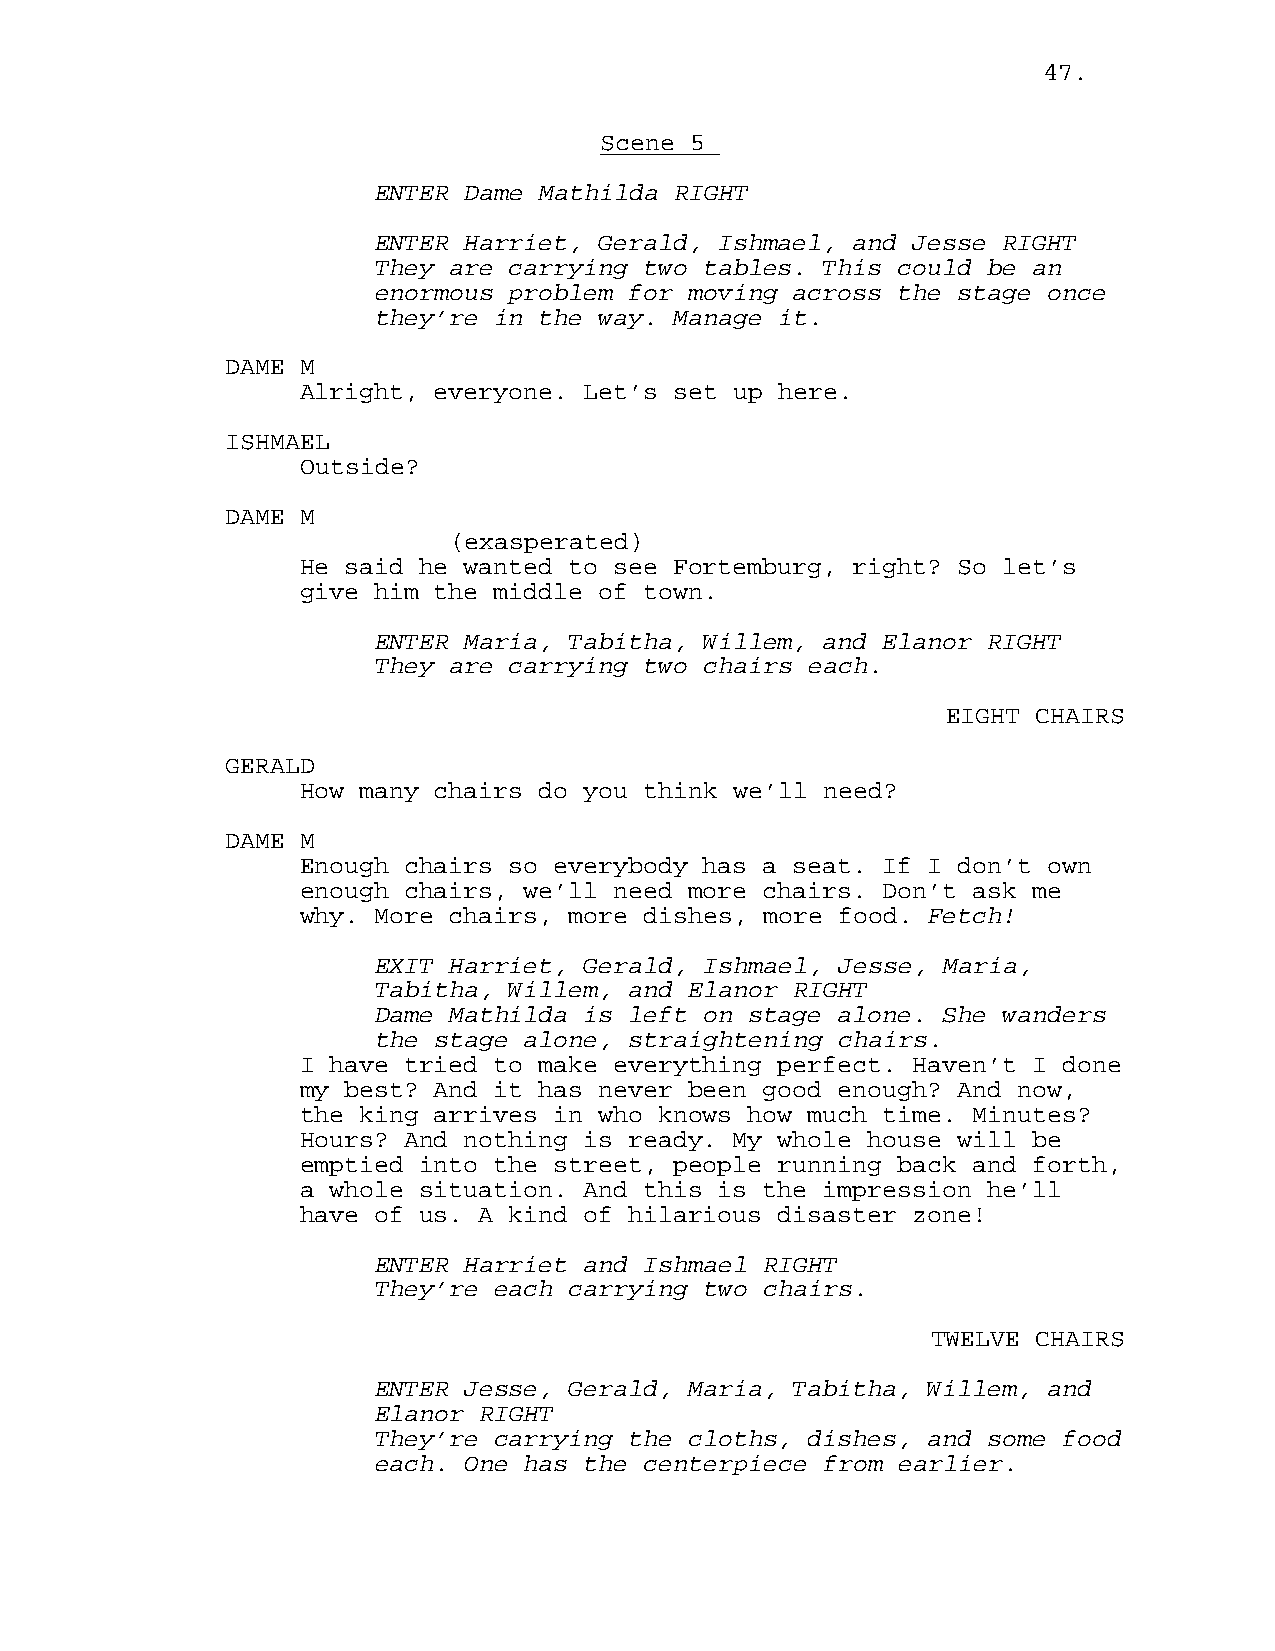
47.
 Scene 5
 ENTER Dame Mathilda RIGHT
 ENTER Harriet, Gerald, Ishmael, and Jesse RIGHT
 They are carrying two tables. This could be an
 enormous problem for moving across the stage once
 they’re in the way. Manage it.
 DAME M
 Alright, everyone. Let’s set up here.
 ISHMAEL
 Outside?
 DAME M
 (exasperated)
 He said he wanted to see Fortemburg, right? So let’s
 give him the middle of town.
 ENTER Maria, Tabitha, Willem, and Elanor RIGHT
 They are carrying two chairs each.
 EIGHT CHAIRS
 GERALD
 How many chairs do you think we’ll need?
 DAME M
 Enough chairs so everybody has a seat. If I don’t own
 enough chairs, we’ll need more chairs. Don’t ask me
 why. More chairs, more dishes, more food. Fetch!
 EXIT Harriet, Gerald, Ishmael, Jesse, Maria,
 Tabitha, Willem, and Elanor RIGHT
 Dame Mathilda is left on stage alone. She wanders
 the stage alone, straightening chairs.
 I have tried to make everything perfect. Haven’t I done
 my best? And it has never been good enough? And now,
 the king arrives in who knows how much time. Minutes?
 Hours? And nothing is ready. My whole house will be
 emptied into the street, people running back and forth,
 a whole situation. And this is the impression he’ll
 have of us. A kind of hilarious disaster zone!
 ENTER Harriet and Ishmael RIGHT
 They’re each carrying two chairs.
 TWELVE CHAIRS
 ENTER Jesse, Gerald, Maria, Tabitha, Willem, and
 Elanor RIGHT
 They’re carrying the cloths, dishes, and some food
 each. One has the centerpiece from earlier.